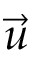
\vec { u }